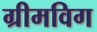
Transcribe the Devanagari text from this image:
ग्रीमविग